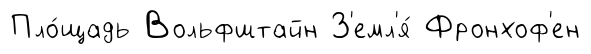
Пло́щадь Вольфштайн З'емл'я́ Фронхоф'ен